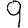
Digit: 9